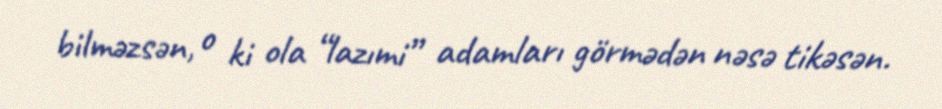
bilməzsən, o ki ola “lazımi” adamları görmədən nəsə tikəsən.